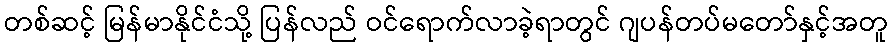
တစ်ဆင့် မြန်မာနိုင်ငံသို့ ပြန်လည် ဝင်ရောက်လာခဲ့ရာတွင် ဂျပန်တပ်မတော်နှင့်အတူ